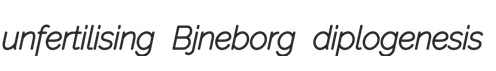
unfertilising Bjneborg diplogenesis